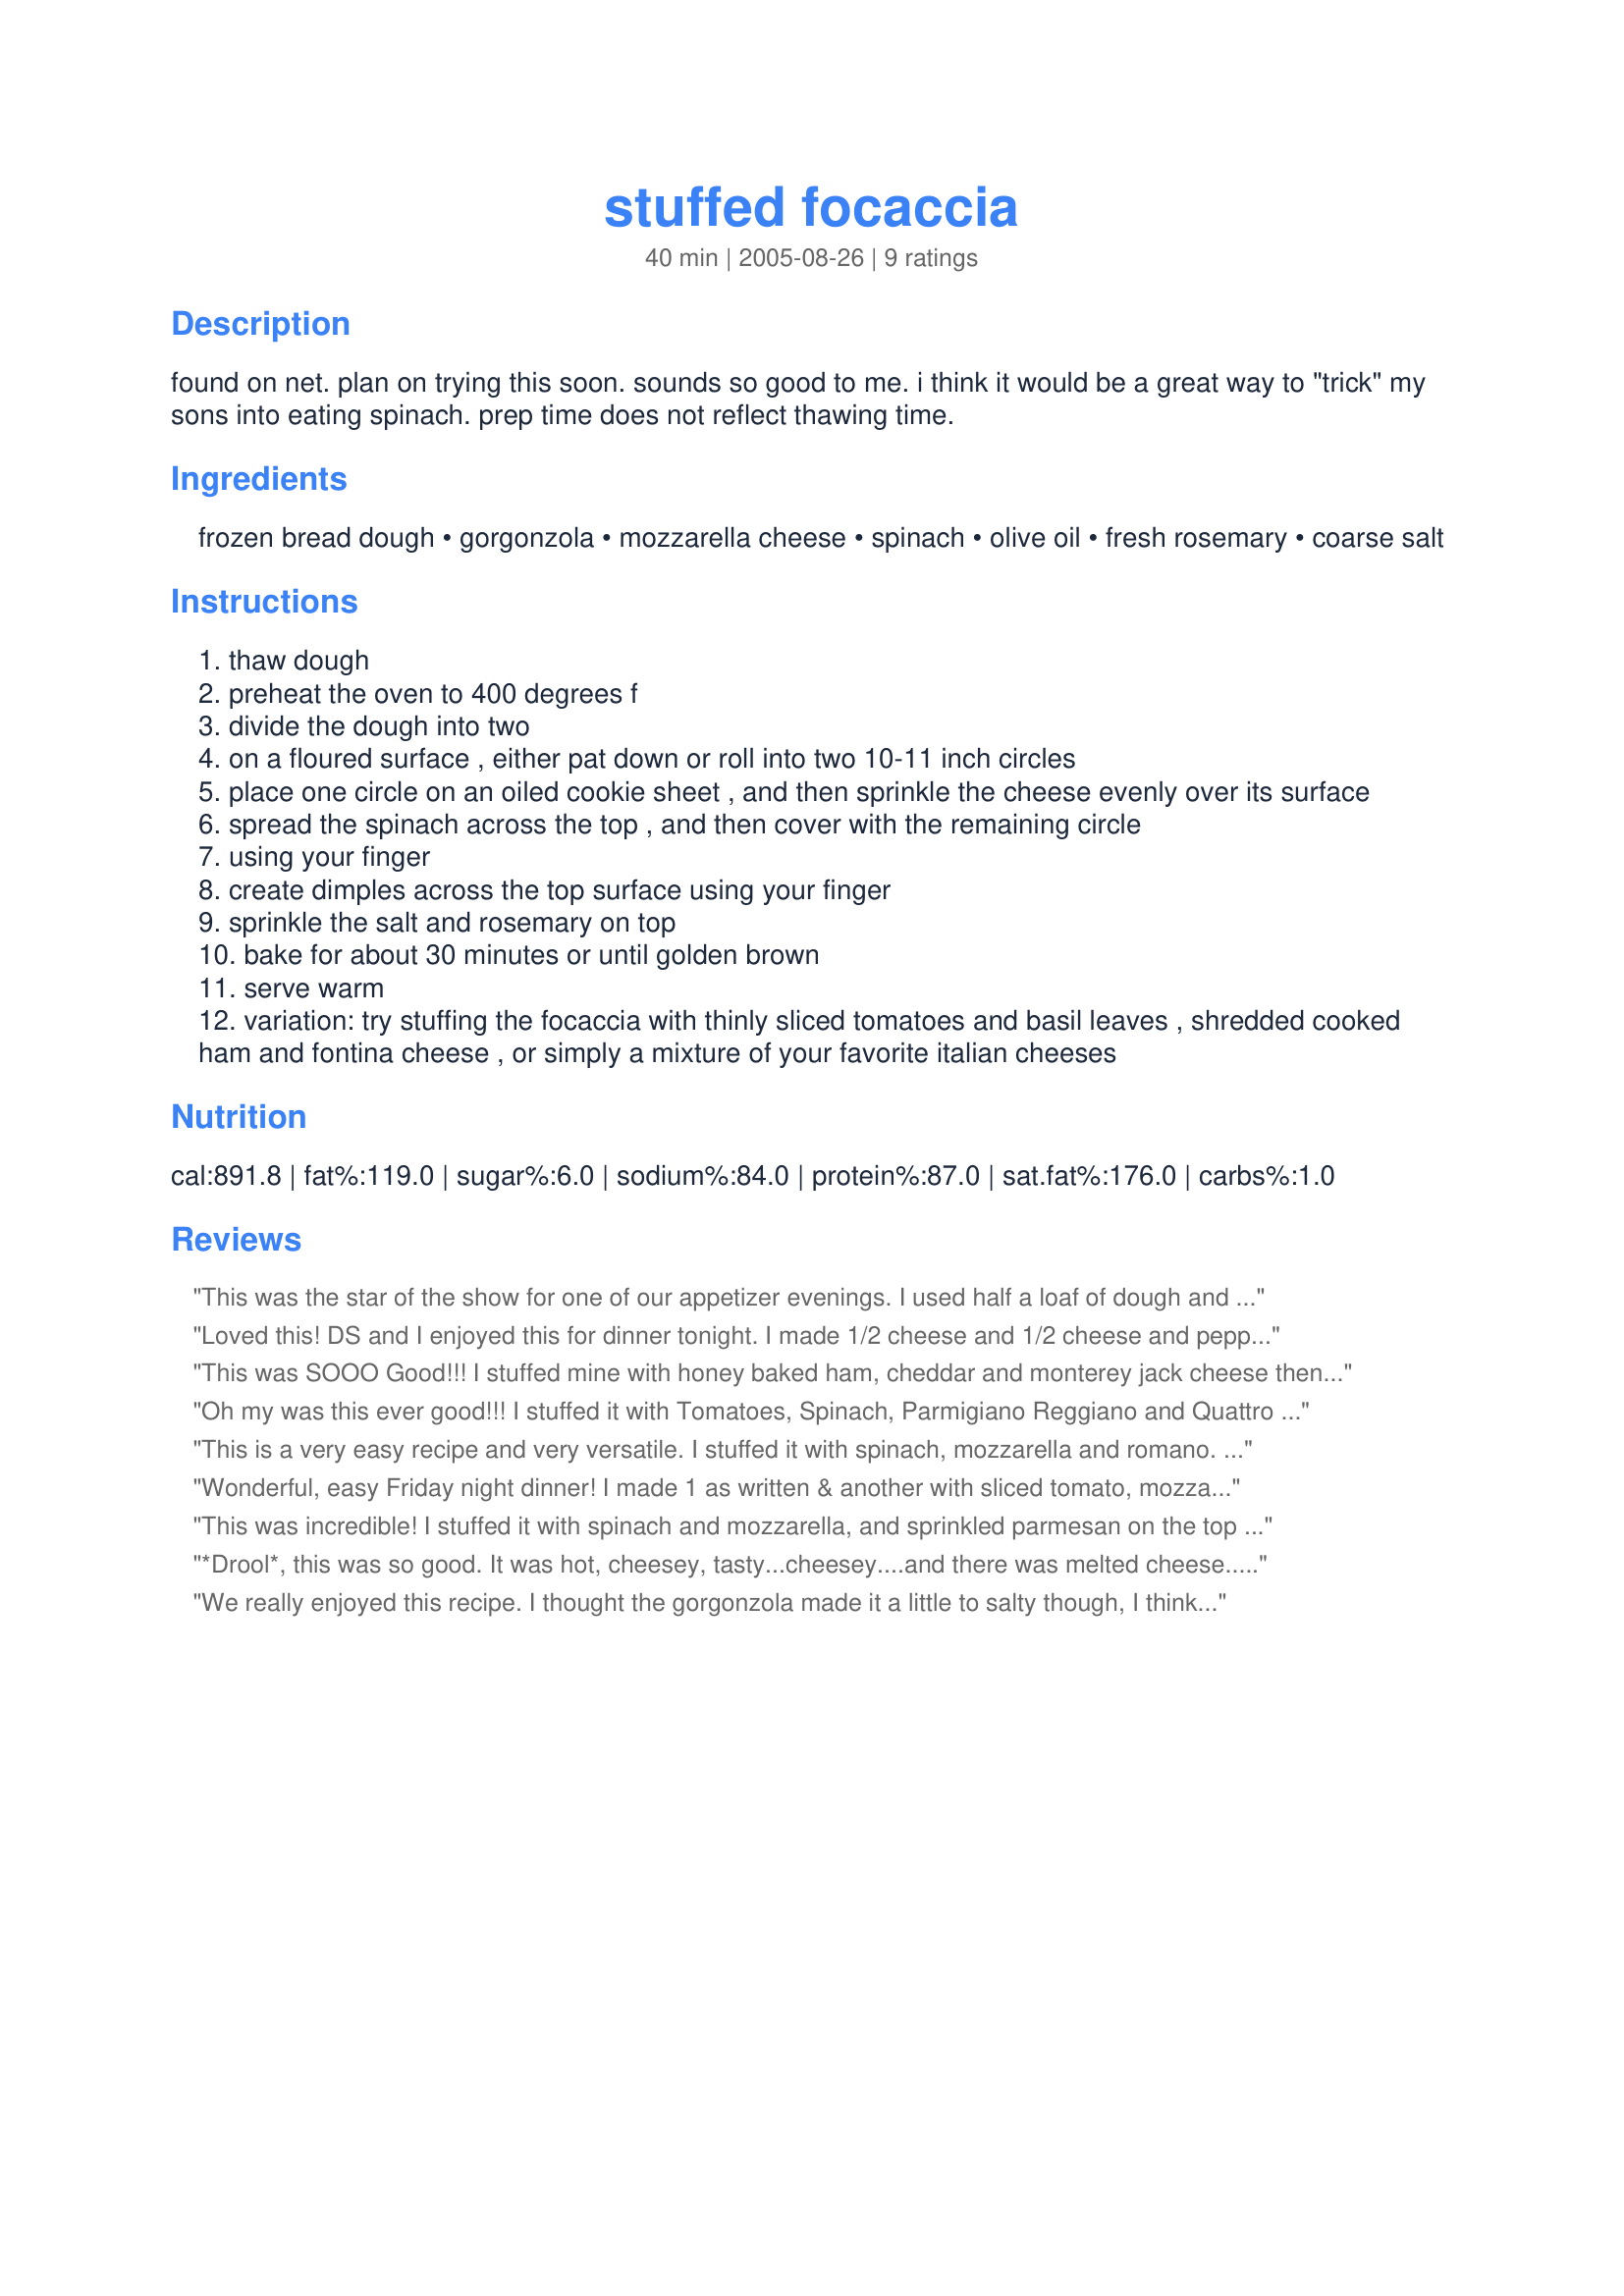
stuffed focaccia
Preparation time: 40 minutes

found on net. plan on trying this soon. sounds so good to me. i think it would be a great way to "trick" my sons into eating spinach. prep time does not reflect thawing time.

Ingredients:
frozen bread dough, gorgonzola, mozzarella cheese, spinach, olive oil, fresh rosemary, coarse salt

Steps:
thaw dough
preheat the oven to 400 degrees f
divide the dough into two
on a floured surface , either pat down or roll into two 10-11 inch circles
place one circle on an oiled cookie sheet , and then sprinkle the cheese evenly over its surface
spread the spinach across the top , and then cover with the remaining circle
using your finger
create dimples across the top surface using your finger
sprinkle the salt and rosemary on top
bake for about 30 minutes or until golden brown
serve warm
variation: try stuffing the focaccia with thinly sliced tomatoes and basil leaves , shredded cooked ham and fontina cheese , or simply a mixture of your favorite italian cheeses

Reviews:
This was the star of the show for one of our appetizer evenings. I used half a loaf of dough and made smaller circles as I was serving other dishes. DH wished I had made more of this. I lightly sauteed the spinach with garlic unril barely wilted and added fresh sliced mushrooms. This one is a definite keeper. Thanks Saturn!
Loved this! DS and I enjoyed this for dinner tonight. I made 1/2 cheese and 1/2 cheese and pepperoni. I added some garlic salt and cheese to the top. So many flavor combination possibilities with this! Made for Cook the 6-PAC fall 2007.
This was SOOO Good!!! I stuffed mine with honey baked ham, cheddar and monterey jack cheese then sprinkled the top with rosemary, kosher salt and garlic powder. FORGOT the spinach GRRRR!!! I will make again soon!! Thanks for posting such a great recipe!!
Oh my was this ever good!!! I stuffed it with Tomatoes, Spinach, Parmigiano Reggiano and Quattro Formaggi. So easy and so delicous. I also used Panera Breads dipping Oil.... Great Recipe!!
This is a very easy recipe and very versatile. I stuffed it with spinach, mozzarella and romano. Dh already requested I make it again with ham and cheddar! I also sprinkled a little garlic salt on top. Thanks!
Wonderful, easy Friday night dinner! I made 1 as written & another with sliced tomato, mozzarella & basil. Both were gone in a flash. A keeper for sure! Thanks for sharing!
This was incredible! I stuffed it with spinach and mozzarella, and sprinkled parmesan on the top with the rosemary and salt. This will get made again and again -- with all different variations!
*Drool*, this was so good. It was hot, cheesey, tasty...cheesey....and there was melted cheese...All in all, this was great!
We really enjoyed this recipe. I thought the gorgonzola made it a little to salty though, I think next time I'll leave it out and maybe put in some tomatoes instead. Thank you so much for a great recipe with excellent potential for substitutions.
